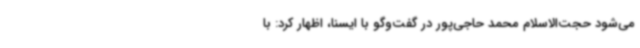
می‌شود حجت‌الاسلام محمد حاجی‌پور در گفت‌وگو با ایسنا، اظهار کرد: با